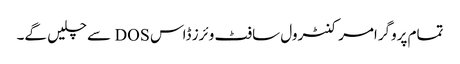
تمام پروگرامر کنٹرول سافٹ وئرز ڈاس DOS سے چلیں گے۔